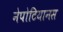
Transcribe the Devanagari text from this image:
नेपोटियानस